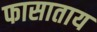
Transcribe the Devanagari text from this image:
फासाताय